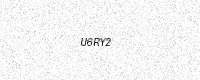
Text: U6RY2